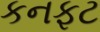
કનફટ